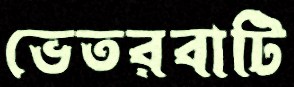
ভেতরবাটি